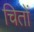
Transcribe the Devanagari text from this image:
चितों